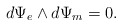
\begin{align*} d\Psi_{e}\wedge d\Psi_{m} = 0 .\end{align*}